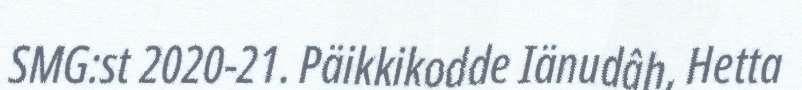
SMG:st 2020-21. Päikkikodde Iänudâh, Hetta